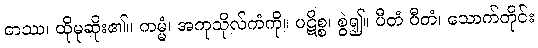
တဿ၊ ထိုမုဆိုး၏။ ကမ္မံ၊ အကုသိုလ်ကံကို။ ပဋိစ္စ၊ စွဲ၍။ ပီတံ ပီတံ၊ သောက်တိုင်း